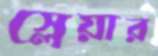
স্লেয়ার